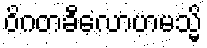
ဝိဂတခီလောဟမသ္မိ